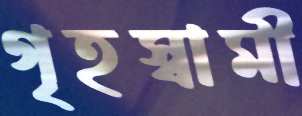
গৃহস্বামী